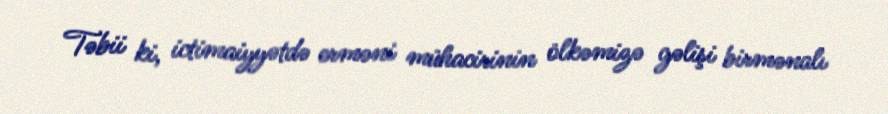
Təbii ki, ictimaiyyətdə erməni mühacirinin ölkəmizə gəlişi birmənalı